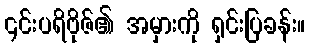
၎င်းပရိဗိုဇ်၏ အမှားကို ရှင်းပြခန်း။